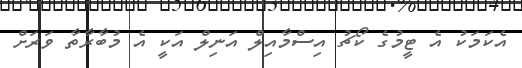
އެކަމަކު އެ ޓީމުގެ ކޯޗު އިސްމާއިލް އަނިލް އަކީ އެ މުބާރާތާ ވަރަށް